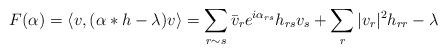
\begin{align*}F(\alpha) = \langle v, (\alpha*h-\lambda)v\rangle = \sum_{r \sim s} \bar v_r e^{i \alpha_{rs}} h_{rs} v_s + \sum_r |v_r|^2h_{rr}-\lambda\end{align*}